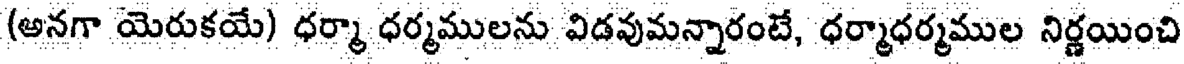
(అనగా యెరుకయే) ధర్మా ధర్మములను విడవుమన్నారంటే, ధర్మాధర్మముల నిర్ణయించి